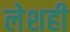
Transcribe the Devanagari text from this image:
लेशही